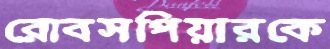
রোবসপিয়ারকে